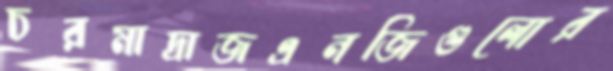
চরমাদ্রাজএনজিগুলোর